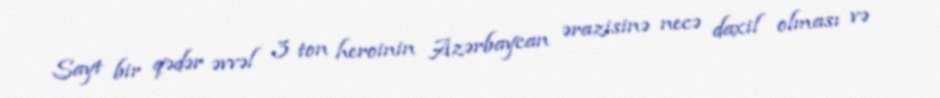
Sayt bir qədər əvvəl 3 ton heroinin Azərbaycan ərazisinə necə daxil olması və